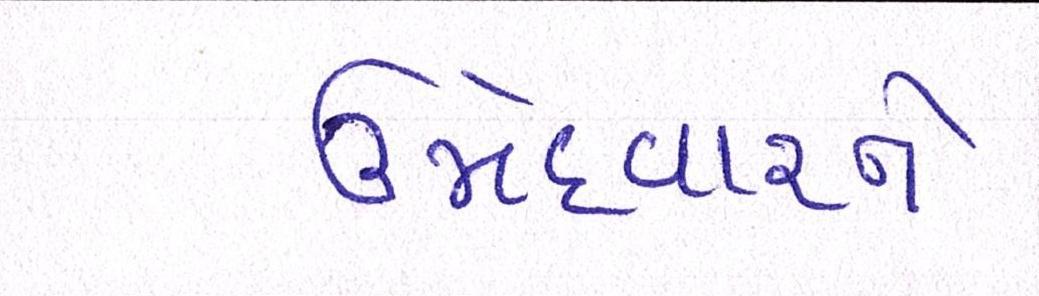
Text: ઉમેદવારને